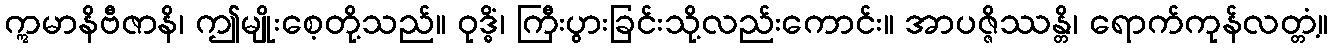
ဣမာနိဗီဇာနိ၊ ဤမျိုးစေ့တို့သည်။ ဝုဒ္ဓိံ၊ ကြီးပွားခြင်းသို့လည်းကောင်း။ အာပဇ္ဇိဿန္တိ၊ ရောက်ကုန်လတ္တံ့။